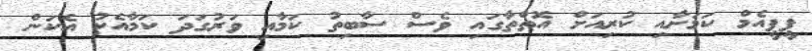
ޕީޕީއެމް ކަމަށާއި ކުރިއަށް އޮތްތާގައި ވެސް ސާބިތު ކަމާއި ވަރުގަދަ ކަމާއެކު އެކަން